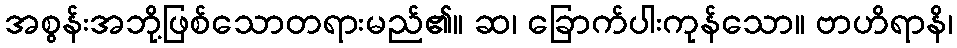
အစွန်းအဘို့ဖြစ်သောတရားမည်၏။ ဆ၊ ခြောက်ပါးကုန်သော။ ဗာဟိရာနိ၊